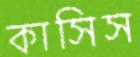
কাসিস